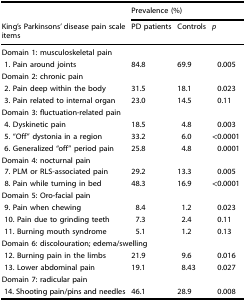
<table><thead><tr><td></td><td colspan="3"><b>Prevalence (%)</b></td></tr><tr><td><b>King’s Parkinsons’ disease pain scale items</b></td><td><b>PD patients</b></td><td><b>Controls</b></td><td><b><i>p</i></b></td></tr></thead><tbody><tr><td colspan="4">Domain 1: musculoskeletal pain</td></tr><tr><td> 1. Pain around joints</td><td>84.8</td><td>69.9</td><td>0.005</td></tr><tr><td colspan="4">Domain 2: chronic pain</td></tr><tr><td> 2. Pain deep within the body</td><td>31.5</td><td>18.1</td><td>0.023</td></tr><tr><td> 3. Pain related to internal organ</td><td>23.0</td><td>14.5</td><td>0.11</td></tr><tr><td colspan="4">Domain 3: fluctuation-related pain</td></tr><tr><td> 4. Dyskinetic pain</td><td>18.5</td><td>4.8</td><td>0.003</td></tr><tr><td> 5. “Off” dystonia in a region</td><td>33.2</td><td>6.0</td><td>&lt;0.0001</td></tr><tr><td> 6. Generalized “off” period pain</td><td>25.8</td><td>4.8</td><td>0.0001</td></tr><tr><td colspan="4">Domain 4: nocturnal pain</td></tr><tr><td> 7. PLM or RLS-associated pain</td><td>29.2</td><td>13.3</td><td>0.005</td></tr><tr><td> 8. Pain while turning in bed</td><td>48.3</td><td>16.9</td><td>&lt;0.0001</td></tr><tr><td colspan="4">Domain 5: Oro-facial pain</td></tr><tr><td> 9. Pain when chewing</td><td>8.4</td><td>1.2</td><td>0.023</td></tr><tr><td> 10. Pain due to grinding teeth</td><td>7.3</td><td>2.4</td><td>0.11</td></tr><tr><td> 11. Burning mouth syndrome</td><td>5.1</td><td>1.2</td><td>0.13</td></tr><tr><td colspan="4">Domain 6: discolouration; edema/swelling</td></tr><tr><td> 12. Burning pain in the limbs</td><td>21.9</td><td>9.6</td><td>0.016</td></tr><tr><td> 13. Lower abdominal pain</td><td>19.1</td><td>8.43</td><td>0.027</td></tr><tr><td colspan="4">Domain 7: radicular pain</td></tr><tr><td> 14. Shooting pain/pins and needles</td><td>46.1</td><td>28.9</td><td>0.008</td></tr></tbody></table>